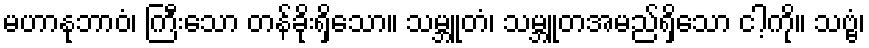
မဟာနုဘာဝံ၊ ကြီးသော တန်ခိုးရှိသော။ သမ္ဘူတံ၊ သမ္ဘူတအမည်ရှိသော ငါ့ကို။ သဗ္ဗံ၊